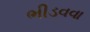
ભીડવવા